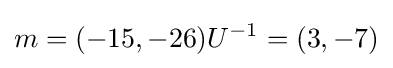
m=(-15,-26)U^{-1}=(3,-7)